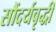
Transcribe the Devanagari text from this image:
सौंदर्यवृद्धी